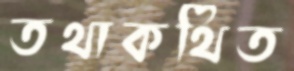
তথাকথিত